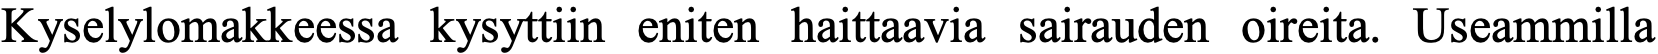
Kyselylomakkeessa kysyttiin eniten haittaavia sairauden oireita. Useammilla